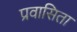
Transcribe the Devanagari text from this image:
प्रवासिता